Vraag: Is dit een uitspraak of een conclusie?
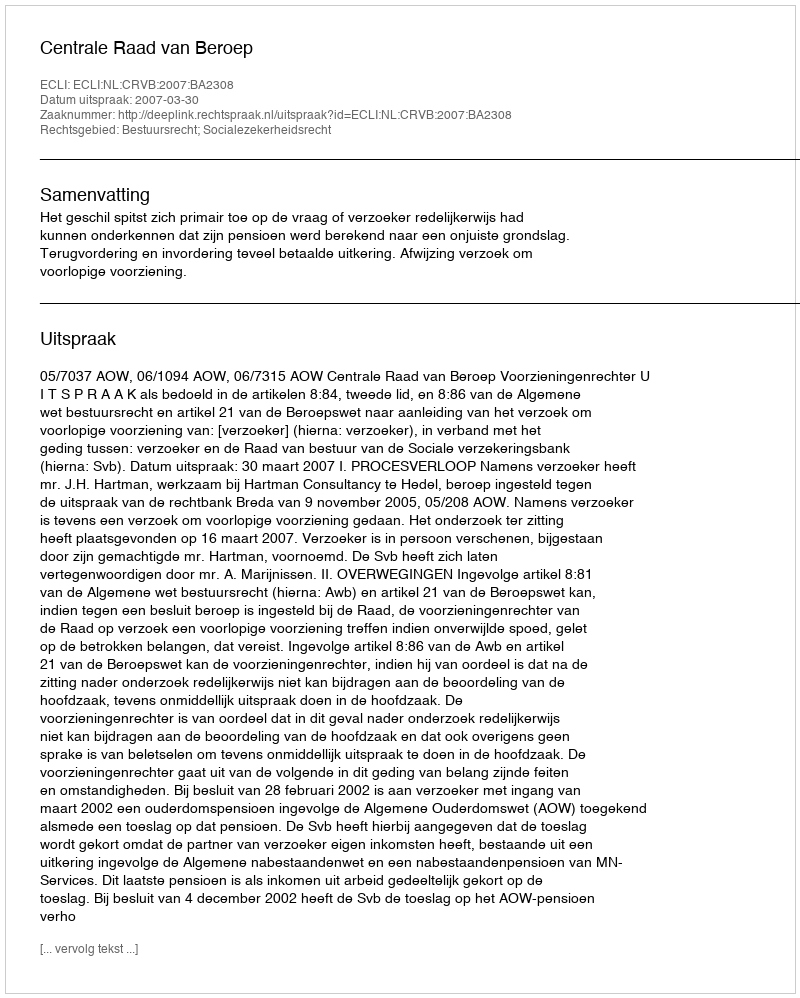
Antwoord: Uitspraak